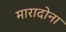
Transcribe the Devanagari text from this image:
मारादोना